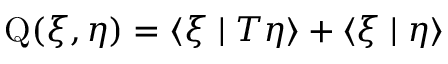
\operatorname { Q } ( \xi , \eta ) = \langle \xi \mid T \eta \rangle + \langle \xi \mid \eta \rangle